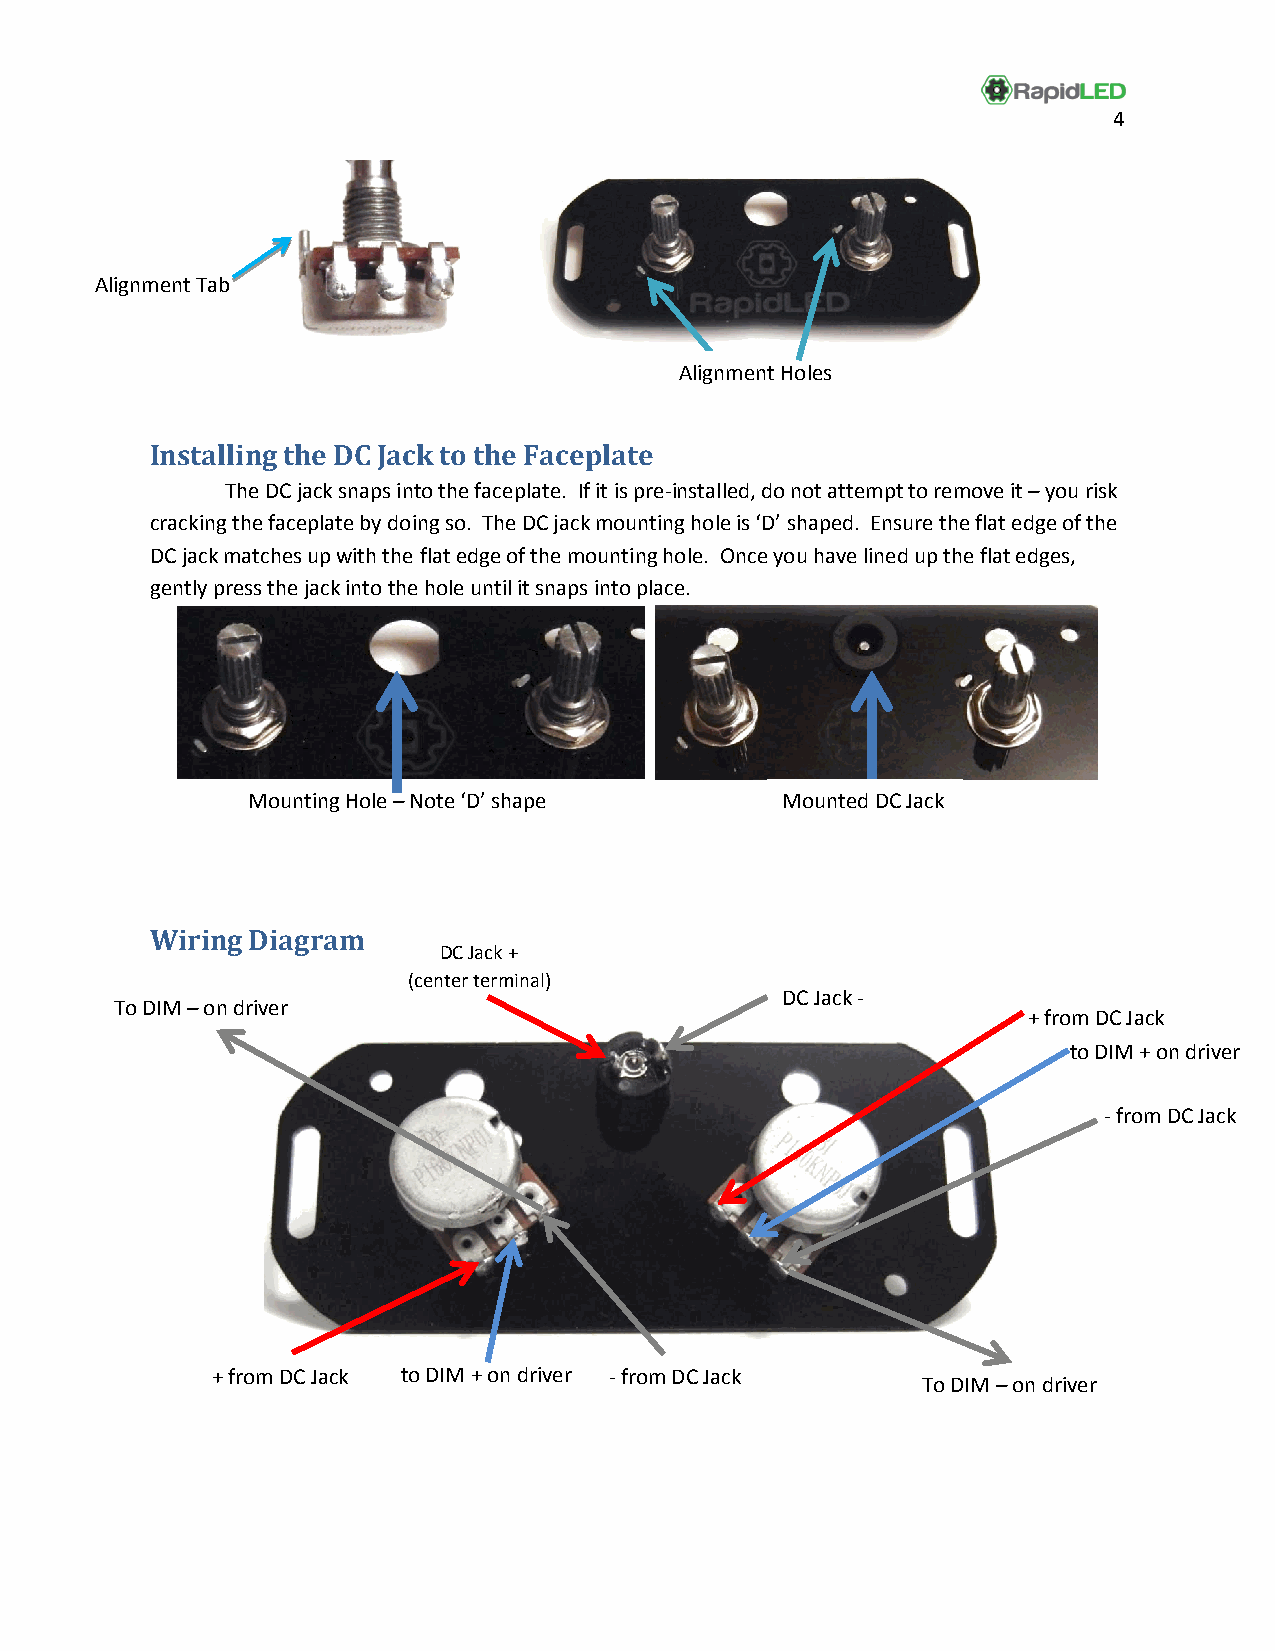
4
 Alignment Tab
 Alignment Holes
 Installing the DC Jack to the Faceplate
 The DC jack snaps into the faceplate. If it is pre-installed, do not attempt to remove it – you risk
 cracking the faceplate by doing so. The DC jack mounting hole is ‘D’ shaped. Ensure the flat edge of the
 DC jack matches up with the flat edge of the mounting hole. Once you have lined up the flat edges,
 gently press the jack into the hole until it snaps into place.
 Mounting Hole – Note ‘D’ shape      Mounted DC Jack
 Wiring Diagram
 DC Jack +
 (center terminal)
 DC Jack -
 To D IM – on driver
 + from DC Jack
 to DIM + on driver
 - from DC Jack
 + from DC Jack to DIM + on driver - from DC Jack
 To DIM – on driver